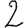
Digit: 2